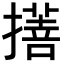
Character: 𢴯